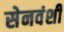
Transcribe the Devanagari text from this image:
सेनवंशी